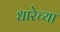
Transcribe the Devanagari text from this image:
धारेच्या